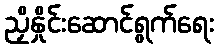
ညှိနှိုင်းဆောင်ရွက်ရေး